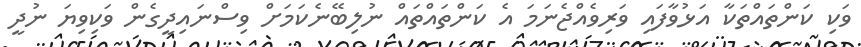
ވަކި ކަންތައްތަކާ އަޅުވާފައި ވަރިވެއްޖެނަމަ އެ ކަންތައްތައް ނުލިބޭނެކަމަށް ވިސްނައިދީގެން ވަކިވިޔަ ނުދީ